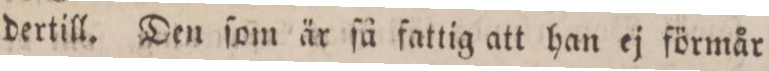
dertill. Den ſom är ſå fattig att han ej förmår